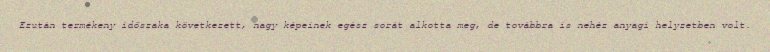
Ezután termékeny időszaka következett, nagy képeinek egész sorát alkotta meg, de továbbra is nehéz anyagi helyzetben volt.